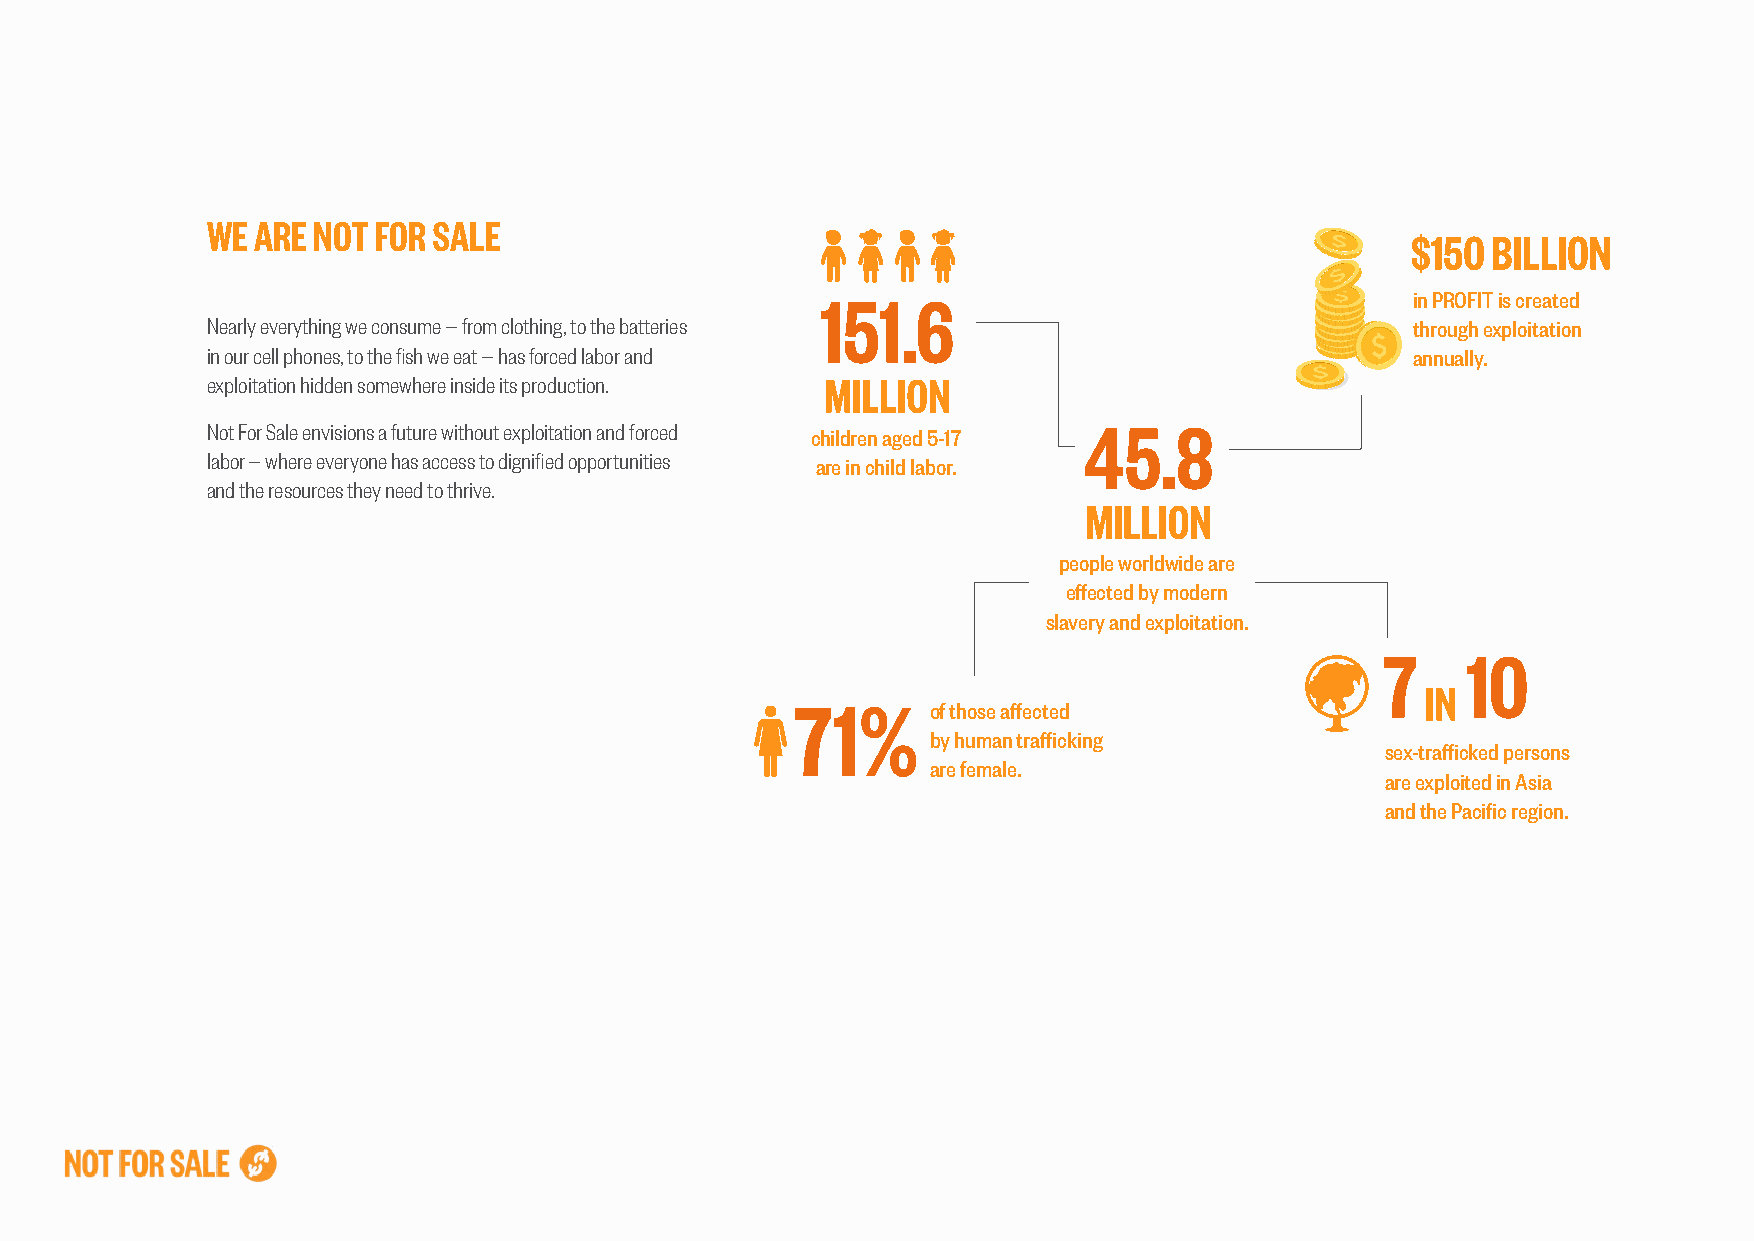
WE ARE NOT FOR SALE
 $150  BILLION
 151.6                                   in PROFIT is created
 Nearly everything we consume — from clothing, to the batteries                  through exploitation
 in our cell phones, to the fish we eat — has forced labor and                   annually.
 exploitation hidden somewhere inside its production. MILLION
 45.8
 Not For Sale envisions a future without exploitation and forced
 children aged 5-17
 labor — where everyone has access to dignified opportunities
 are in child labor.
 and the resources they need to thrive.
 MILLION
 people worldwide are
 effected by modern
 slavery and exploitation.
 7    10
 IN
 71%
 of those affected
 by human trafficking
 sex-trafficked persons
 are female.
 are exploited in Asia
 and the Pacific region.